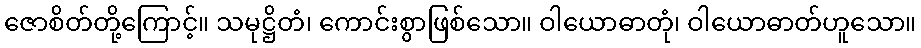
ဇောစိတ်တို့ကြောင့်။ သမုဋ္ဌိတံ၊ ကောင်းစွာဖြစ်သော။ ဝါယောဓာတုံ၊ ဝါယောဓာတ်ဟူသော။